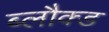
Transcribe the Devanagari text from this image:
ब्लौक्ड